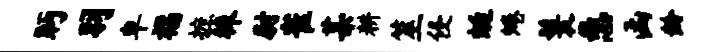
眄羽卑福摭棘尉雀某耕筮侵蜓蜷鬟悉函龄